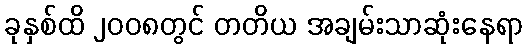
ခုနှစ်ထိ ၂၀၀၈တွင် တတိယ အချမ်းသာဆုံးနေရာ